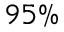
9 5 \%